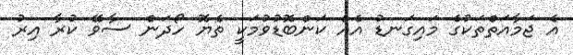
އެ ޖަމާއަތްތަކުގެ މައިގަނޑު އެއް ކަންބޮޑުވުމަކީ ތެޔޮ ހޯދަން ސާވޭ ކުރާ އިރު